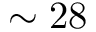
\sim 2 8